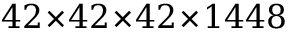
4 2 \! \times \! 4 2 \! \times \! 4 2 \! \times \! 1 4 4 8